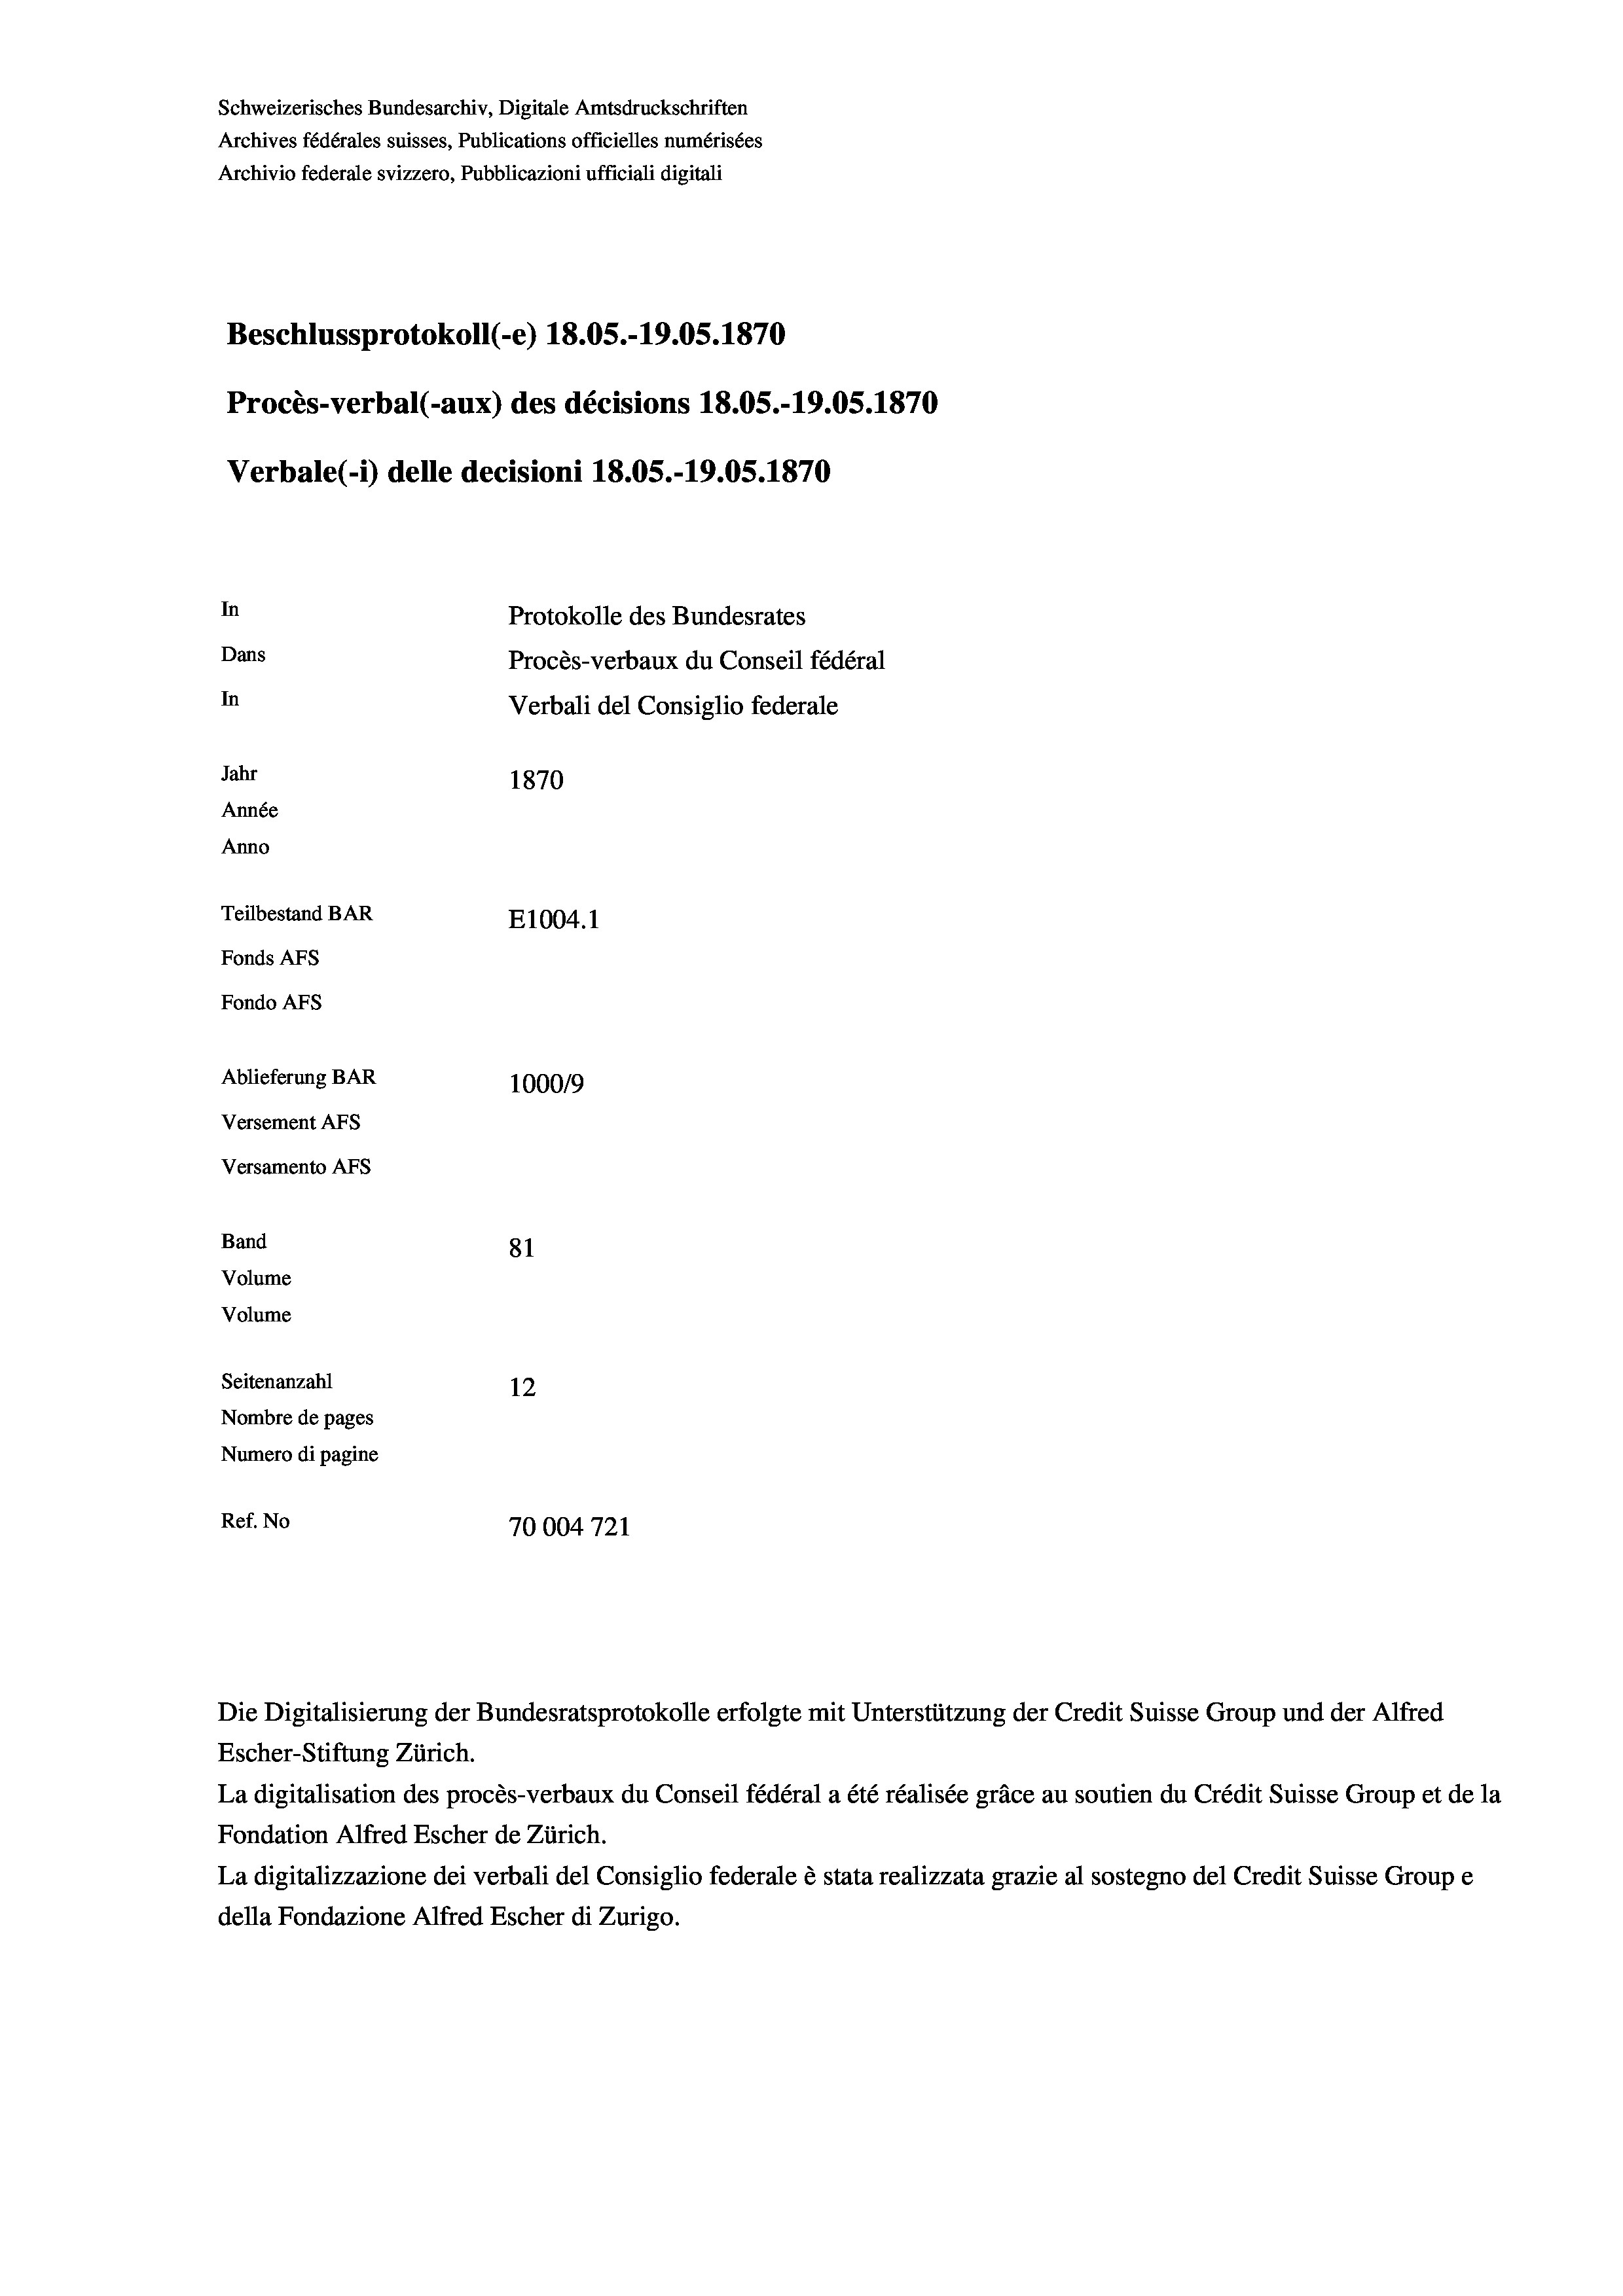
Schweizerisches Bundesarchiv, Digitale Amtsdruckschriften
Archives fédérales suisses, Publications officielles numérisées
Archivio federale svizzero, Pubblicazioni ufficiali digitali
Beschlussprotokoll (-e) 18.05.-19.05. 1870
Procès-verbal (-aux) des décisions 18.05.-19.05. 1870
Verbale (i) delle decisioni 18.05.-19.05. 1870
In
Protokolle des Bundesrates
Dans
Procès-verbaux du Conseil fédéral
In
Verbali del Consiglio federale
Jahr
1870
Année
Anno
Teilbestand BAR
E1004.1
Fonds AFs
Fondo AFs
Ablieferung BAR
100019

Versement AFs
Versamento Afs
Band
Volume
Volume
Seitenanzahl

81
12
Nombre de pages
Numero di pagine
Ref. No
70004721

Die Digitalisierung der Bundesratsprotokolle erfolgte mit Unterstützung der Credit Suisse Group und der Alfred
Escher-Stiftung Zürich.
La digitalisation des procès-verbaux du Conseil fédéral a été réalisée gräce au soutien du Crédit Suisse Group et de la
Fondation Alfred Escher de Zürich.
La digitalizzazione dei verbali del Consiglio federale è stata realizzata grazie al sostegno del Credit Suisse Groupe
della Fondazione Alfred Escher di Zurigo.